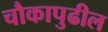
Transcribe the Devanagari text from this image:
चौकापुढील